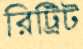
রিট্রিট